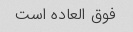
فوق العاده است